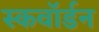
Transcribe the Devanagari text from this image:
स्कवाॅर्डन